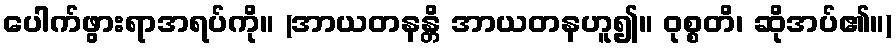
ပေါက်ဖွားရာအရပ်ကို။ (အာယတနန္တိ အာယတနဟူ၍။ ဝုစ္စတိ၊ ဆိုအပ်၏။)